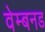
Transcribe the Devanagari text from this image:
वेम्बनड